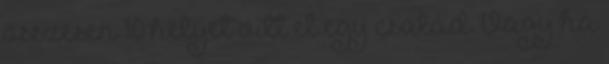
összesen 10 helyet vitt el egy család. Vagy ha